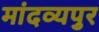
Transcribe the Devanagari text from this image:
मांदव्यपुर